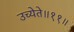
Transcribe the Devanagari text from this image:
उच्येते॥११॥